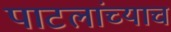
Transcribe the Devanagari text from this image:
पाटलांच्याच